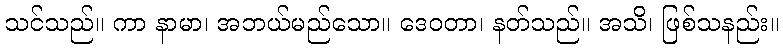
သင်သည်။ ကာ နာမာ၊ အဘယ်မည်သော။ ဒေဝတာ၊ နတ်သည်။ အသိ၊ ဖြစ်သနည်း။